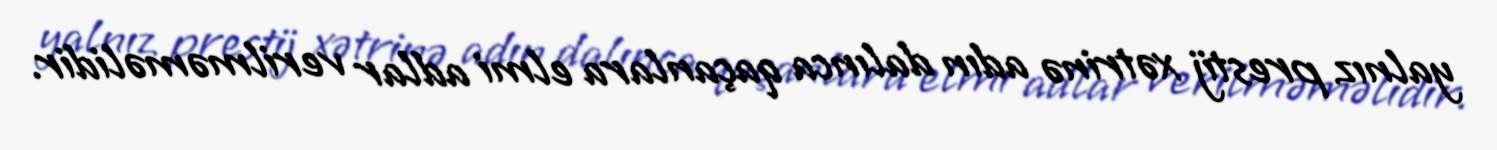
yalnız prestij xətrinə adın dalınca qaçanlara elmi adlar verilməməlidir.